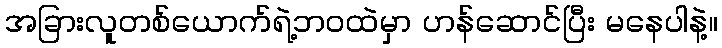
အခြားလူတစ်ယောက်ရဲ့ဘဝထဲမှာ ဟန်ဆောင်ပြီး မနေပါနဲ့။